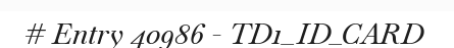
# Entry 40986 - TD1_ID_CARD